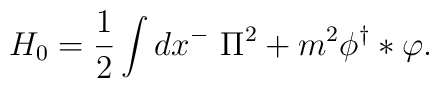
H_0 = \frac 1 2 \int dx^{-} \ \Pi^2 + m^2 \phi^{\dag} \ast\varphi.